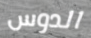
الدوس